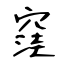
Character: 窪